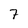
Character: 7